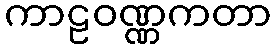
ကာဠဝဏ္ဏကတာ